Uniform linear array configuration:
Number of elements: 32
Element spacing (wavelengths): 0.75
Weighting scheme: exponential
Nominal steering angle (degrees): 30
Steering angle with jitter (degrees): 28.827
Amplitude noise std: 0.05
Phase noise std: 0.05

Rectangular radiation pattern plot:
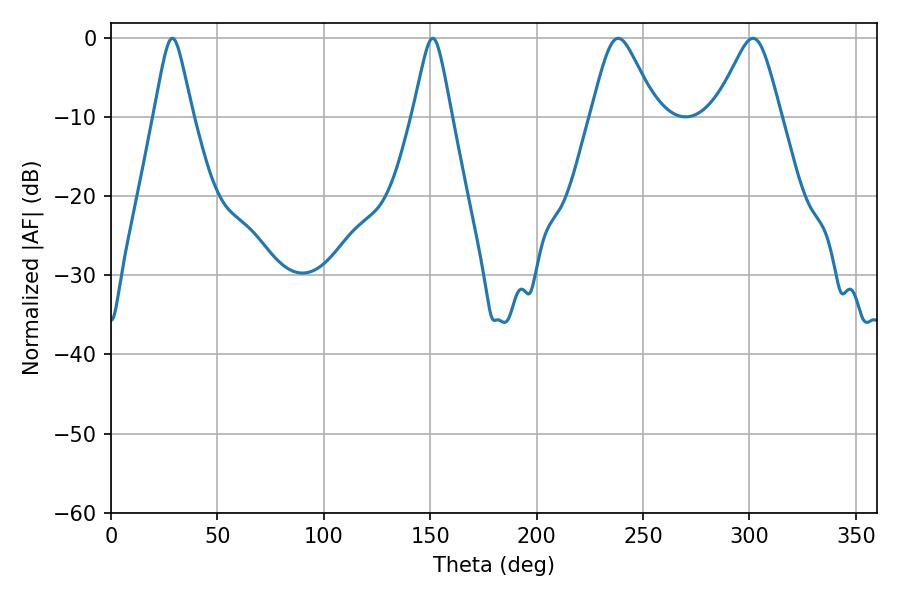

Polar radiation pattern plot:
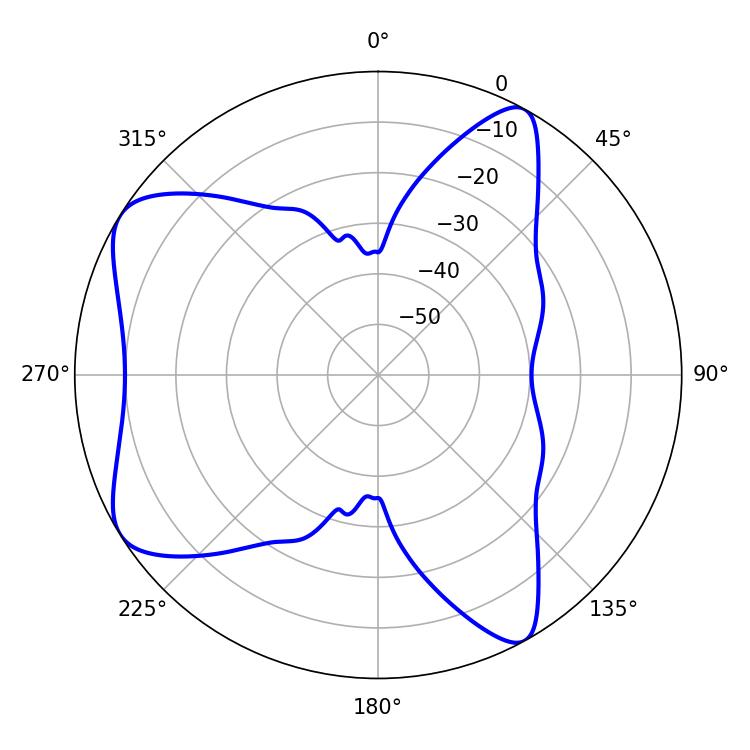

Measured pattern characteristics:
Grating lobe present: TRUE
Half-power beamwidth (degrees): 14.94
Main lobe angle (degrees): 238.32